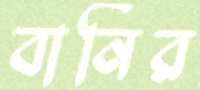
বার্নির